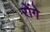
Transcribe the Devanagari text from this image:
रोंगे